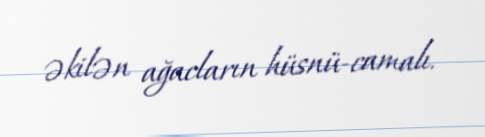
əkilən ağacların hüsnü-camalı.